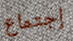
إجتماع